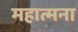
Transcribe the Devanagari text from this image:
महात्मना